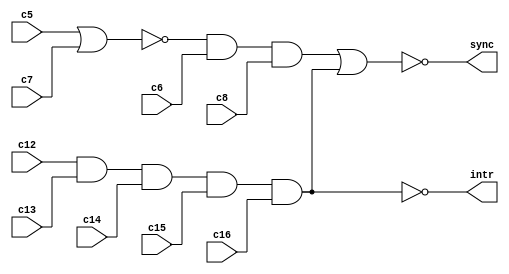
module gensync(
	input wire c5,
	input wire c6,
	input wire c7,
	input wire c8,
	input wire c12,
	input wire c13,
	input wire c14,
	input wire c15,
	input wire c16,
	output wire intr,
	output wire sync);
	wire line, field;
	assign line = ~(c5 | c7) & c6 & c8;
	assign field = c12 & c13 & c14 & c15 & c16;
	assign sync = ~(line | field);
	assign intr = ~field;
endmodule